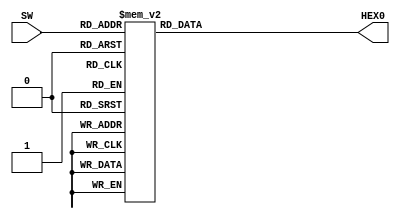
module SEG7DEC (
        input [3:0] SW,
        output reg [6:0] HEX0
    );

    /* 7
       gfedcba0 */
    always @* begin
        case(SW)
            4'h0: HEX0 = 7'b1000000;
            4'h1: HEX0 = 7'b1111001;
            4'h2: HEX0 = 7'b0100100;
            4'h3: HEX0 = 7'b0110000;
            4'h4: HEX0 = 7'b0011001;
            4'h5: HEX0 = 7'b0010010;
            4'h6: HEX0 = 7'b0000010;
            4'h7: HEX0 = 7'b1011000;
            4'h8: HEX0 = 7'b0000000;
            4'h9: HEX0 = 7'b0010000;
            4'ha: HEX0 = 7'b0001000;
            4'hb: HEX0 = 7'b0000011;
            4'hc: HEX0 = 7'b1000110;
            4'hd: HEX0 = 7'b0100001;
            4'he: HEX0 = 7'b0000110;
            4'hf: HEX0 = 7'b0001110;
            default:HEX0 = 7'b1111111;
        endcase
    end

endmodule